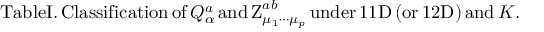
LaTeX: \mathrm { T a b l e I . \, C l a s s i f i c a t i o n \, o f \, } Q _ { \alpha } ^ { a } \mathrm { \, a n d \, Z } _ { \mu _ { 1 } \cdots \mu _ { p } } ^ { a b } \mathrm { \, u n d e r \, 1 1 D \, ( o r \, 1 2 D ) \, a n d \, } K \mathrm { . }